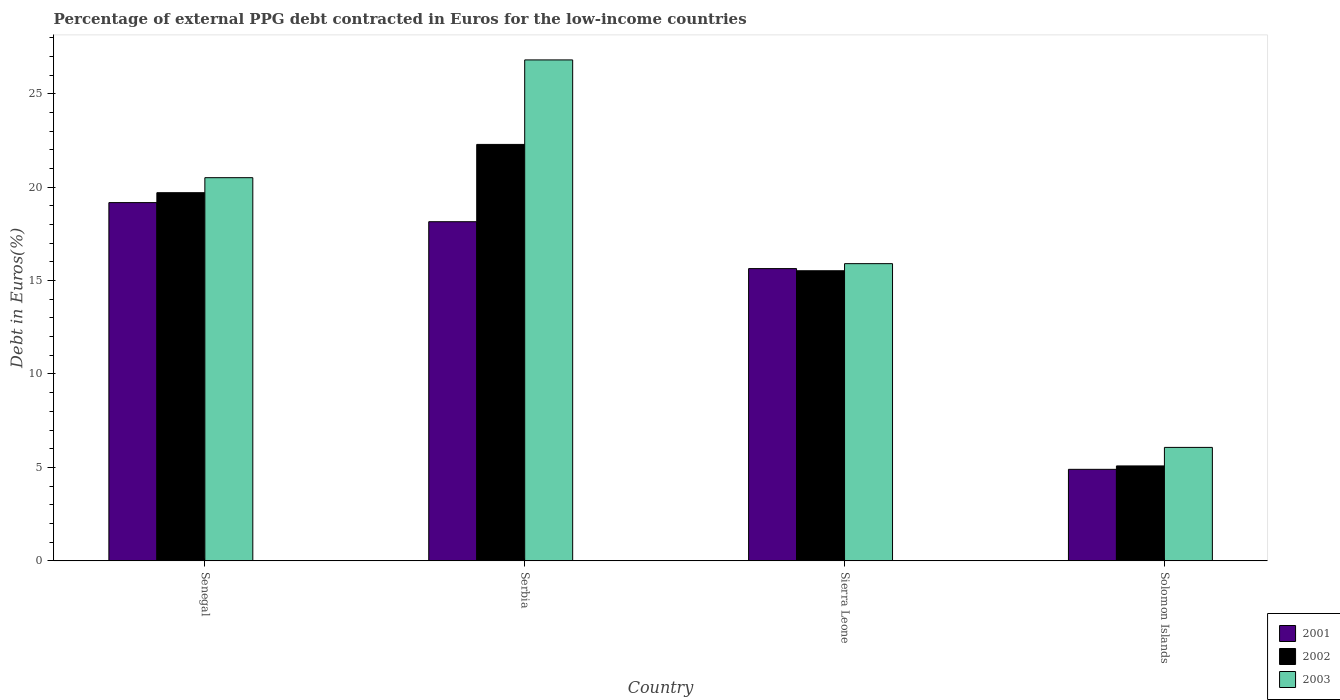
| Country | 2001 | 2002 | 2003 |
 | --- | --- | --- | --- |
 | Senegal | 19.2 | 19.7 | 20.5 |
 | Serbia | 18.1 | 22.3 | 26.8 |
 | Sierra Leone | 15.6 | 15.5 | 15.9 |
 | Solomon Islands | 4.9 | 5.08 | 6.07 |